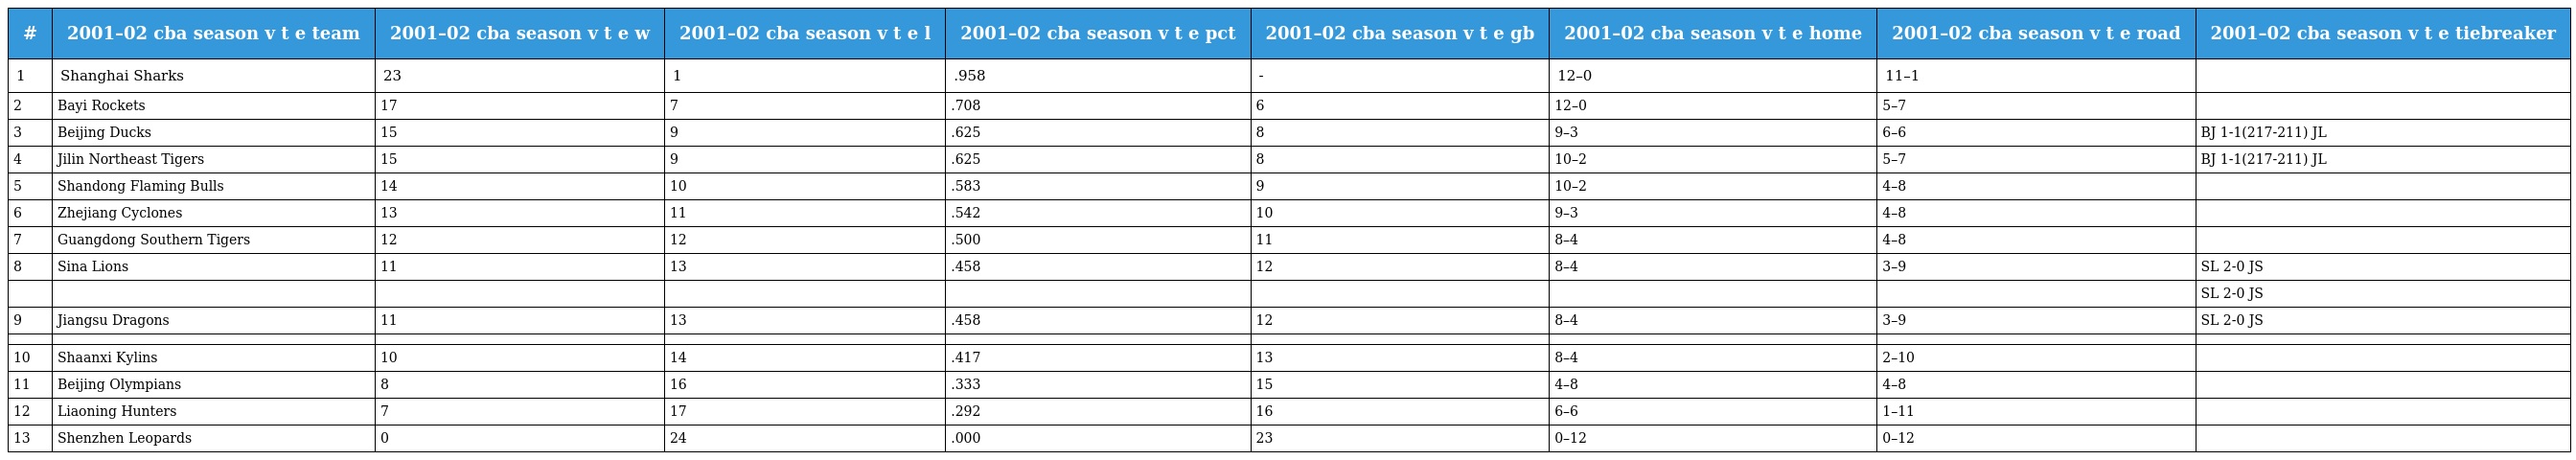
| # | 2001–02 cba season v t e team | 2001–02 cba season v t e w | 2001–02 cba season v t e l | 2001–02 cba season v t e pct | 2001–02 cba season v t e gb | 2001–02 cba season v t e home | 2001–02 cba season v t e road | 2001–02 cba season v t e tiebreaker |
 | --- | --- | --- | --- | --- | --- | --- | --- | --- |
 | 1 | Shanghai Sharks | 23 | 1 | .958 | - | 12–0 | 11–1 |  |
 | 2 | Bayi Rockets | 17 | 7 | .708 | 6 | 12–0 | 5–7 |  |
 | 3 | Beijing Ducks | 15 | 9 | .625 | 8 | 9–3 | 6–6 | BJ 1-1(217-211) JL |
 | 4 | Jilin Northeast Tigers | 15 | 9 | .625 | 8 | 10–2 | 5–7 | BJ 1-1(217-211) JL |
 | 5 | Shandong Flaming Bulls | 14 | 10 | .583 | 9 | 10–2 | 4–8 |  |
 | 6 | Zhejiang Cyclones | 13 | 11 | .542 | 10 | 9–3 | 4–8 |  |
 | 7 | Guangdong Southern Tigers | 12 | 12 | .500 | 11 | 8–4 | 4–8 |  |
 | 8 | Sina Lions | 11 | 13 | .458 | 12 | 8–4 | 3–9 | SL 2-0 JS |
 |  |  |  |  |  |  |  |  | SL 2-0 JS |
 | 9 | Jiangsu Dragons | 11 | 13 | .458 | 12 | 8–4 | 3–9 | SL 2-0 JS |
 |  |  |  |  |  |  |  |  |  |
 | 10 | Shaanxi Kylins | 10 | 14 | .417 | 13 | 8–4 | 2–10 |  |
 | 11 | Beijing Olympians | 8 | 16 | .333 | 15 | 4–8 | 4–8 |  |
 | 12 | Liaoning Hunters | 7 | 17 | .292 | 16 | 6–6 | 1–11 |  |
 | 13 | Shenzhen Leopards | 0 | 24 | .000 | 23 | 0–12 | 0–12 |  |